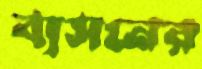
ব্যসনের